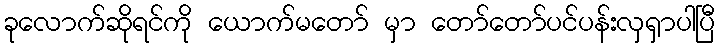
ခုလောက်ဆိုရင်ကို ယောက်မတော် မှာ တော်တော်ပင်ပန်းလှရှာပါပြီ